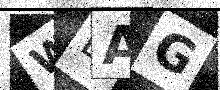
Text: WLAG